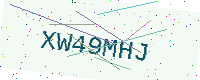
Text: XW49MHJ